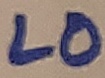
Text: LO